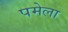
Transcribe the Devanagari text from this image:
पमेला